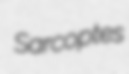
Sarcoptes